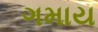
ગમાય